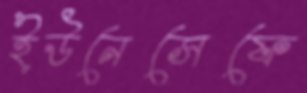
ইউনেসেফে